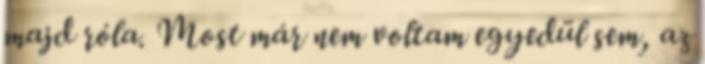
majd róla. Most már nem voltam egyedül sem, az